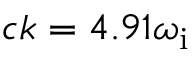
c k = 4 . 9 1 \omega _ { \mathrm { i } }